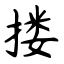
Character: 搂